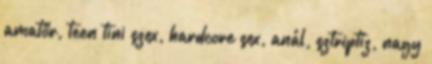
amatőr, teen tini szex, hardcore sex, anál, sztriptíz, nagy